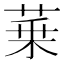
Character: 𦲢